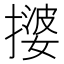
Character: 𫾀